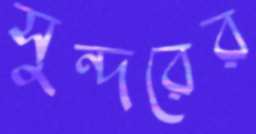
সুন্দরের